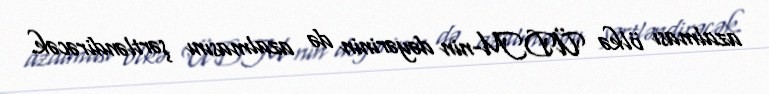
azalması ölkə ÜDM-nin dəyərinin də azalmasını şərtləndirəcək.